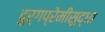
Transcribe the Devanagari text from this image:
दुर्गप्रेमीसुद्धा